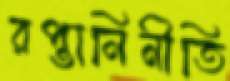
রপ্তানিনীতি